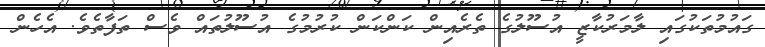
ގައުމުތަކުގައި ލާމަރުކާޒީ އުސޫލުގެ ތެރެއިން ކަންކަން ކުރުމުގެ އުސޫލުތައް ވެސް ތަފާތެވެ. އެހެން